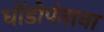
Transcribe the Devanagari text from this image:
धोंडोपंताना